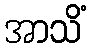
အာသိံ